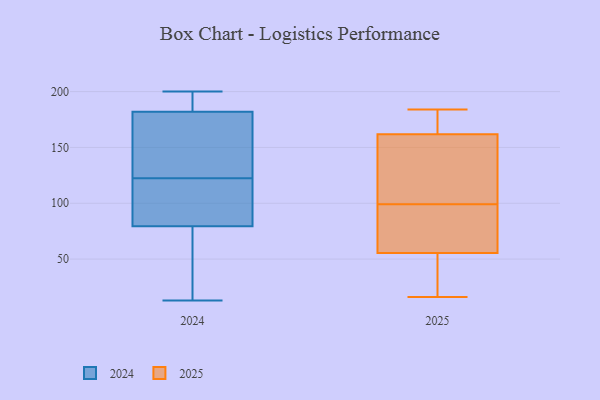
{"axis": {"x": "Temperature (°C)", "y": "Value"}, "legend": ["2024", "2025"], "data": [{"x": "", "y": 122, "type": "2024"}, {"x": "", "y": 106, "type": "2024"}, {"x": "", "y": 65, "type": "2024"}, {"x": "", "y": 77, "type": "2024"}, {"x": "", "y": 200, "type": "2024"}, {"x": "", "y": 175, "type": "2024"}, {"x": "", "y": 13, "type": "2024"}, {"x": "", "y": 153, "type": "2024"}, {"x": "", "y": 65, "type": "2024"}, {"x": "", "y": 105, "type": "2024"}, {"x": "", "y": 135, "type": "2024"}, {"x": "", "y": 146, "type": "2024"}, {"x": "", "y": 107, "type": "2024"}, {"x": "", "y": 189, "type": "2024"}, {"x": "", "y": 78, "type": "2024"}, {"x": "", "y": 194, "type": "2024"}, {"x": "", "y": 81, "type": "2024"}, {"x": "", "y": 123, "type": "2024"}, {"x": "", "y": 194, "type": "2024"}, {"x": "", "y": 197, "type": "2024"}, {"x": "", "y": 171, "type": "2025"}, {"x": "", "y": 43, "type": "2025"}, {"x": "", "y": 69, "type": "2025"}, {"x": "", "y": 184, "type": "2025"}, {"x": "", "y": 16, "type": "2025"}, {"x": "", "y": 99, "type": "2025"}, {"x": "", "y": 90, "type": "2025"}, {"x": "", "y": 183, "type": "2025"}, {"x": "", "y": 39, "type": "2025"}, {"x": "", "y": 105, "type": "2025"}, {"x": "", "y": 115, "type": "2025"}, {"x": "", "y": 179, "type": "2025"}, {"x": "", "y": 134, "type": "2025"}, {"x": "", "y": 69, "type": "2025"}, {"x": "", "y": 51, "type": "2025"}]}